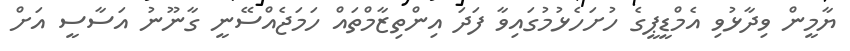
ޔާމީން ވިދާޅުވި އެމްޑީޕީގެ ހުށަހެޅުމުގައިވާ ފަދަ އިންތިޒާމްތައް ހަމަޖެއްސޭނީ ގާނޫނު އަސާސީ އަށް